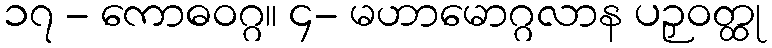
၁၇ - ကောဓဝဂ္ဂ။ ၄- မဟာမောဂ္ဂလာန ပဉှဝတ္ထု